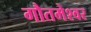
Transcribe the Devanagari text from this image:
गौतमेश्वर